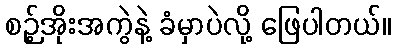
စဉ့်အိုးအကွဲနဲ့ ခံမှာပဲလို့ ဖြေပါတယ်။